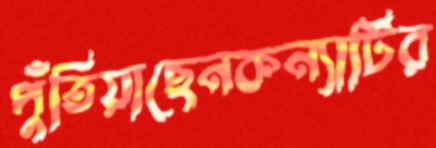
পুঁতিয়াছেনকন্যাটির